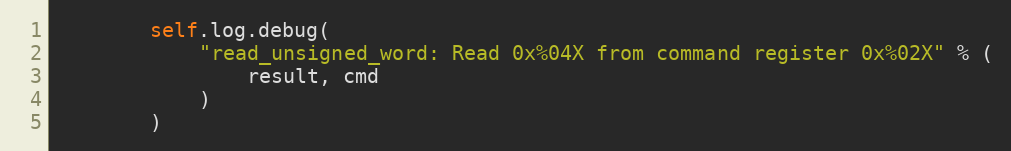
Language: Python
        self.log.debug(
            "read_unsigned_word: Read 0x%04X from command register 0x%02X" % (
                result, cmd
            )
        )